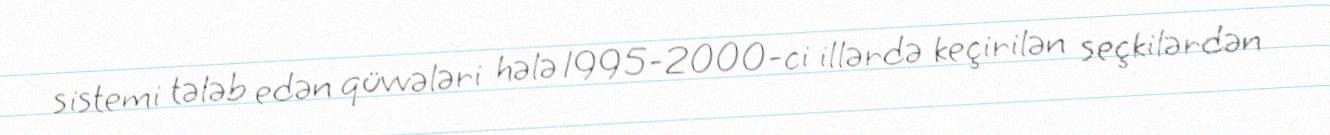
sistemi tələb edən qüvvələri hələ 1995-2000-ci illərdə keçirilən seçkilərdən